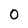
Character: 0